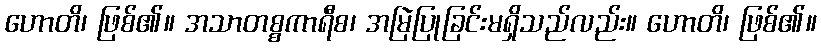
ဟောတိ၊ ဖြစ်၏။ အသာတစ္စကာရီစ၊ အမြဲပြုခြင်းမရှိသည်လည်း။ ဟောတိ၊ ဖြစ်၏။